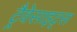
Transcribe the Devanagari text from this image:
ट्रैवेसाइट्स